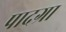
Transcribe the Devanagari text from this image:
पादग्रा